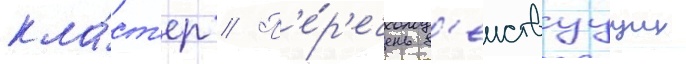
кла́ст'ер // П'е́р'ечень д'еиствуущих